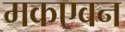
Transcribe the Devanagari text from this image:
मकएवन